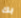
بك